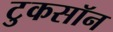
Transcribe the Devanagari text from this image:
टुकसॉन